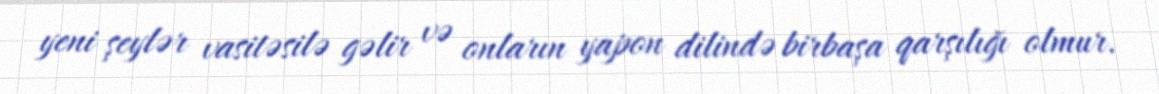
yeni şeylər vasitəsilə gəlir və onların yapon dilində birbaşa qarşılığı olmur.